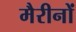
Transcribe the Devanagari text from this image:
मैरीनों